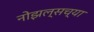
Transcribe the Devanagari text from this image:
नोझल्सच्या